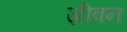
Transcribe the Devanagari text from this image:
ज़ीवन